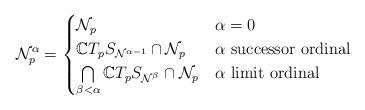
LaTeX: \begin{align*}\mathcal{N}_p^{\alpha} = \begin{cases}\mathcal{N}_p & \alpha = 0\\\mathbb{C}T_pS_{\mathcal{N}^{\alpha - 1}} \cap \mathcal{N}_p & \alpha \hbox{ successor ordinal} \\\bigcap\limits_{\beta < \alpha} \mathbb{C}T_pS_{\mathcal{N}^{\beta}} \cap \mathcal{N}_p & \alpha \hbox{ limit ordinal}\end{cases}\end{align*}